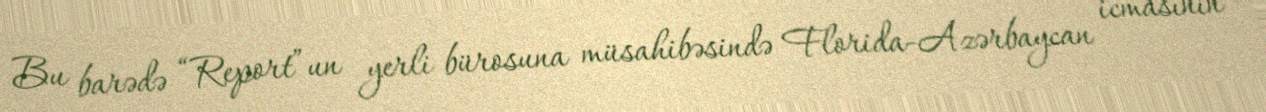
Bu barədə “Report”un yerli bürosuna müsahibəsində Florida-Azərbaycan icmasının